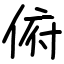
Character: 俯